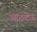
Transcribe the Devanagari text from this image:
आठदेऊ